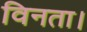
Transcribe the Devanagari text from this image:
विनता।